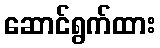
ဆောင်ရွက်ထား